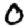
Digit: 0